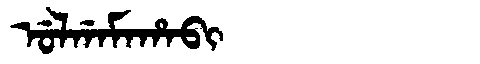
Manchu: ᡠᠯᡤᠠᠮᠠᡥᠠᠪᡳ
Romanization: ULGAMAHABI